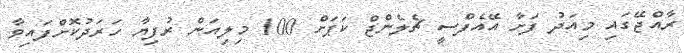
ރާއްޖޭގައި މިއަދު ފަށާ އޭއެފްސީ ޗެލެންޖް ކަޕަށް 100 މިލިއަން ރުފިޔާ ހަރަދުކޮށްފައިވާ